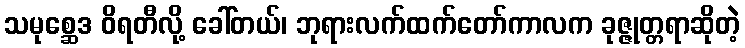
သမုစ္ဆေဒ ဝိရတီလို့ ခေါ်တယ်၊ ဘုရားလက်ထက်တော်ကာလက ခုဇ္ဇုတ္တရာဆိုတဲ့